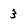
Character: 3